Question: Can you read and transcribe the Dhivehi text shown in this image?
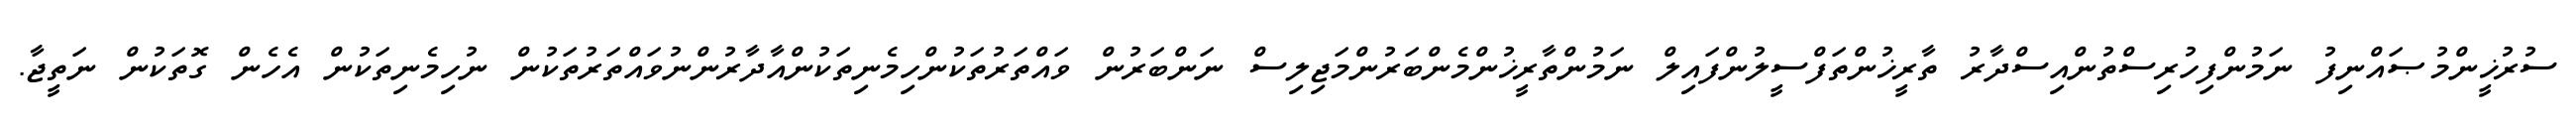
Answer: ސުރުޚީންމުޞައްނިފު ނަމުންފިހުރިސްތުންއިސްދާރު ތާރީޚުންތަފްސީލުންފައިލް ނަމުންތާރީޚުންމެންބަރުންމަޖިލިސް ނަންބަރުން ވައްތަރުތަކުންހިމެނިތަކުންއާދާރުންނުވައްތަރުތަކުން ނުހިމެނިތަކުން އެހެން ގޮތަކުން ނަތީޖާ.